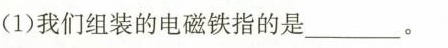
(1)我们组装的电磁铁指的是______。